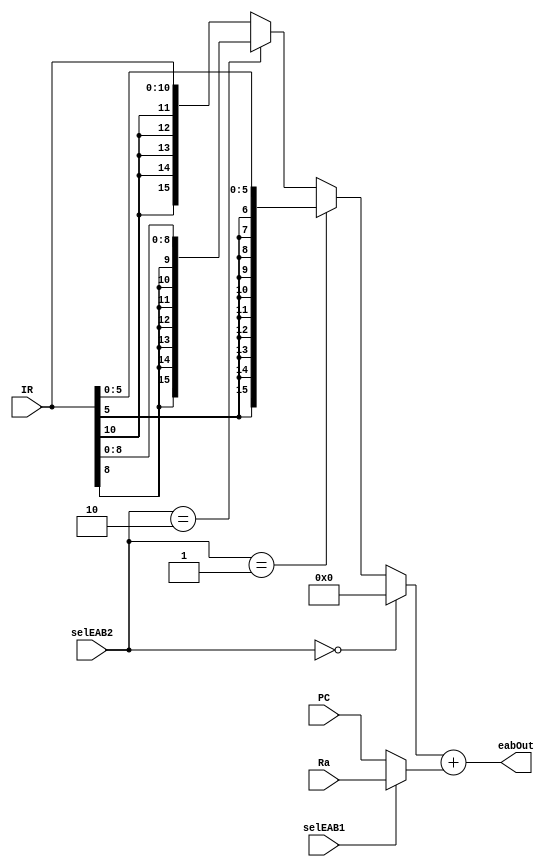
`timescale 1ns / 1ps
//////////////////////////////////////////////////////////////////////////////////
// Company: 
// Engineer: 
// 
// Design Name: 
// Module Name:    EAB 
// Project Name: 
// Target Devices: 
// Tool versions: 
// Description: 
//
// Dependencies: 
//
// Revision: 
// Revision 0.01 - File Created
// Additional Comments: 
//
//////////////////////////////////////////////////////////////////////////////////
module EAB(
	input[15:0] PC, Ra,
	input[10:0] IR,
	input[1:0] selEAB2,
	input selEAB1,
	output[15:0] eabOut
    );
	 
	wire[15:0] sext11,sext9,sext6,bigMuxOut,smallMuxOut;

	assign sext11 = {{5{IR[10]}},IR[10:0]};
	assign sext9  = {{7{IR[8]}},IR[8:0]};
	assign sext6  = {{10{IR[5]}},IR[5:0]};
	
	assign bigMuxOut = (selEAB2 == 2'b00)? 16'd0 : 
							 (selEAB2 == 2'b01)? sext6 : 
							 (selEAB2 == 2'b10)? sext9 : sext11;
							 
	assign smallMuxOut = (selEAB1 == 1'b0)? PC : Ra;
							 
	assign eabOut = bigMuxOut + smallMuxOut; 
	
endmodule